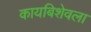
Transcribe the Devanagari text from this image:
कायबिशेवला